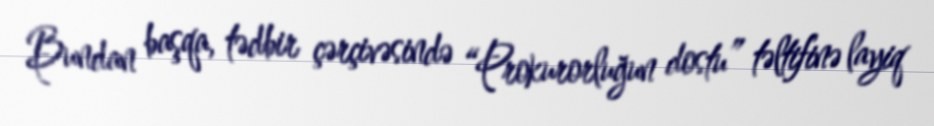
Bundan başqa, tədbir çərçivəsində “Prokurorluğun dostu” təltifinə layiq